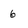
Character: 6